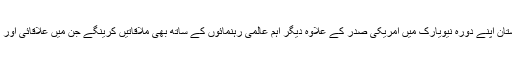
ذرائع نے بتایا کہ وزیراعظم پاکستان اپنے دورہ نیویارک میں امریکی صدر کے علاوہ دیگر اہم عالمی رہنمائوں کے ساتھ بھی ملاقاتیں کرینگے جن میں علاقائی اور عالمی معاملات پر بات چیت گی۔